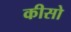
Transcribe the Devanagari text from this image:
कीसो